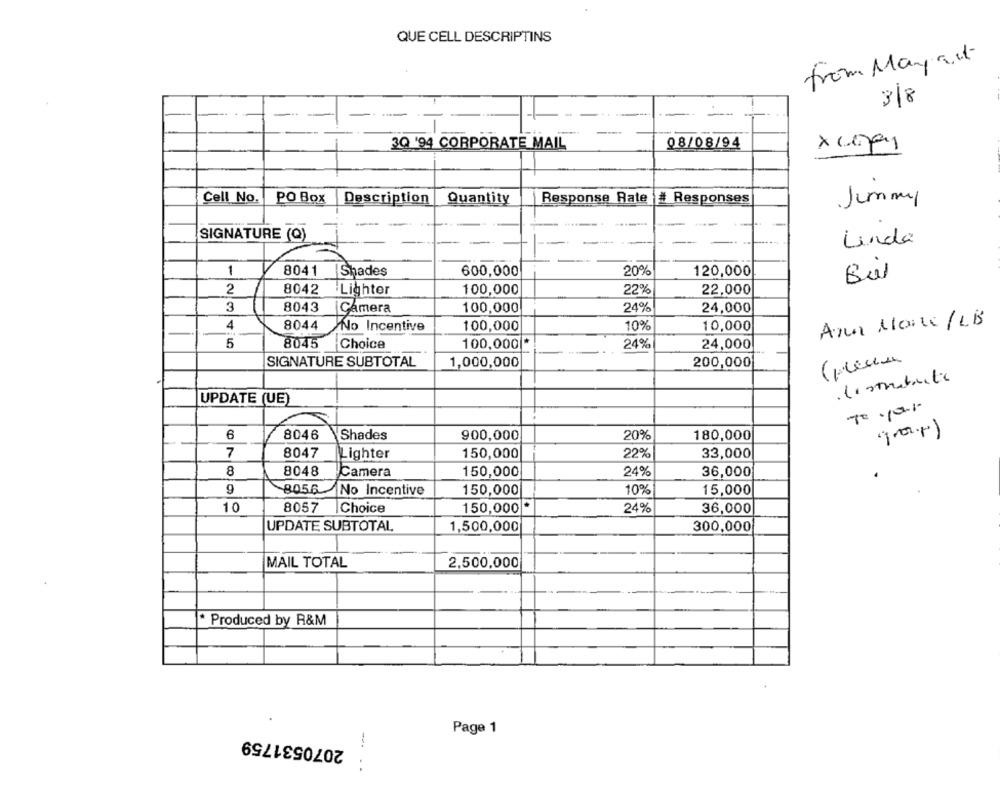
QUE CELL DESCRIPTINS
from May aut
3/8
-
-
3Q '94 CORPORATE MAIL
08/08/94
Cell No.
PO Box
Description
Response Rate # Responses
Quantity
Jimmy
--
SIGNATURE (Q)
Linda
1
8041
Shades
600,000
20%
120,000
Bal
2
8042
Lighter
100,000
22%
22,000
3
8043
100,000
24%
24,000
Camera
8044
Ans Mann /LB
4
No Incentive
100,000
10%
10,000
5
8045 Choice
100,000 *
24%
24,000
SIGNATURE SUBTOTAL
1,000,000
200,000
. distribute
UPDATE (UE)
To your
6
8046
Shades
900,000
20%
180,000
1.p.)
7
8047
Lighter
150,000
22%
33,000
8
8048
Camera
150,000
24%
36,000
8056
No Incentive
150,000
10%
15,000
10
8057
Choice
150,000 *
24%
36,000
UPDATE SUBTOTAL
1,500,000
300,000
MAIL TOTAL
2,500,000
* Produced by R&M
2070531759
Page 1
-- -